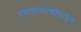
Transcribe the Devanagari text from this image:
वसाहतवाद्यांकडून